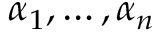
\alpha _ { 1 } , \dots , \alpha _ { n }